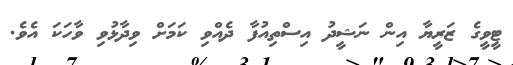
ޓީވީގެ ޒަރީޔާ އިން ނަޝީދު އިސްތިއުފާ ދެއްވި ކަމަށް ވިދާޅުވި ވާހަކަ އެވެ.